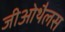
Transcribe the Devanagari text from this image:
जीओथैलस